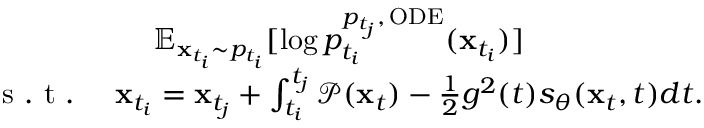
\begin{array} { r } { \mathbb { E } _ { \mathbf { x } _ { t _ { i } } \sim p _ { t _ { i } } } [ \log p _ { t _ { i } } ^ { p _ { t _ { j } } , \, \mathrm { O D E } } ( \mathbf { x } _ { t _ { i } } ) ] \qquad \qquad \qquad } \\ { \mathrm { ~ s ~ . ~ t ~ . ~ } \quad \mathbf { x } _ { t _ { i } } = \mathbf { x } _ { t _ { j } } + \int _ { t _ { i } } ^ { t _ { j } } \mathcal { P } ( \mathbf { x } _ { t } ) - \frac { 1 } { 2 } g ^ { 2 } ( t ) s _ { \theta } ( \mathbf { x } _ { t } , t ) d t . } \end{array}